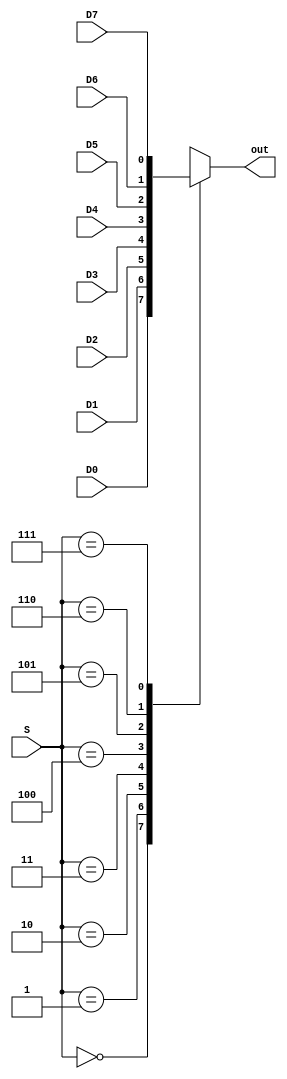
module mux8to1 (D0, D1, D2, D3, D4, D5, D6, D7, S, out);
	input D0, D1, D2, D3, D4, D5, D6, D7;
	input [2:0] S;
	output out;
	
	reg out;
	
	always @(D0 or D1 or D2 or D3 or D4 or D5 or D6 or D7 or S)
		begin
			case (S)
				3'd0: out = D0;
				3'd1: out = D1;
				3'd2: out = D2;
				3'd3: out = D3;
				3'd4: out = D4;
				3'd5: out = D5;
				3'd6: out = D6;
				3'd7: out = D7;
				default:;
			endcase
		end
endmodule